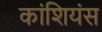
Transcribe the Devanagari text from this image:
कांशियंस